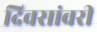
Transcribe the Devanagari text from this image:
दिवसांवरी